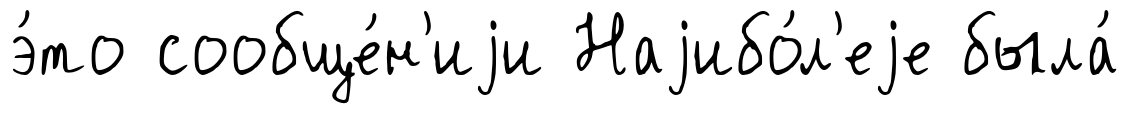
э́то сообще́н'иjи Наjибо́л'еjе была́